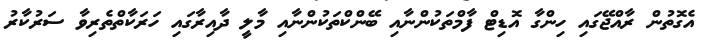
އެގޮތުން ރާއްޖޭގައި ހިންގާ އޮޑިޓް ފާމްތަކުންނާއި ބޭންކްތަކުންނާއި މާލީ ދާއިރާގައި ހަރަކާތްތެރިވާ ސަރުކާރު